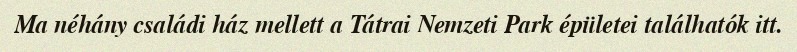
Ma néhány családi ház mellett a Tátrai Nemzeti Park épületei találhatók itt.